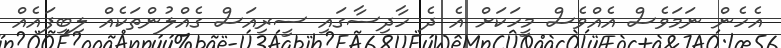
އެހެން ނަމަވެސް އެއްވެސް މީހަކަށް އެ ދެ ހާދިސާގައި ސީރިއަސް ގެއްލުންތަކެއް ލިބިފައެއް